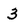
Character: 3